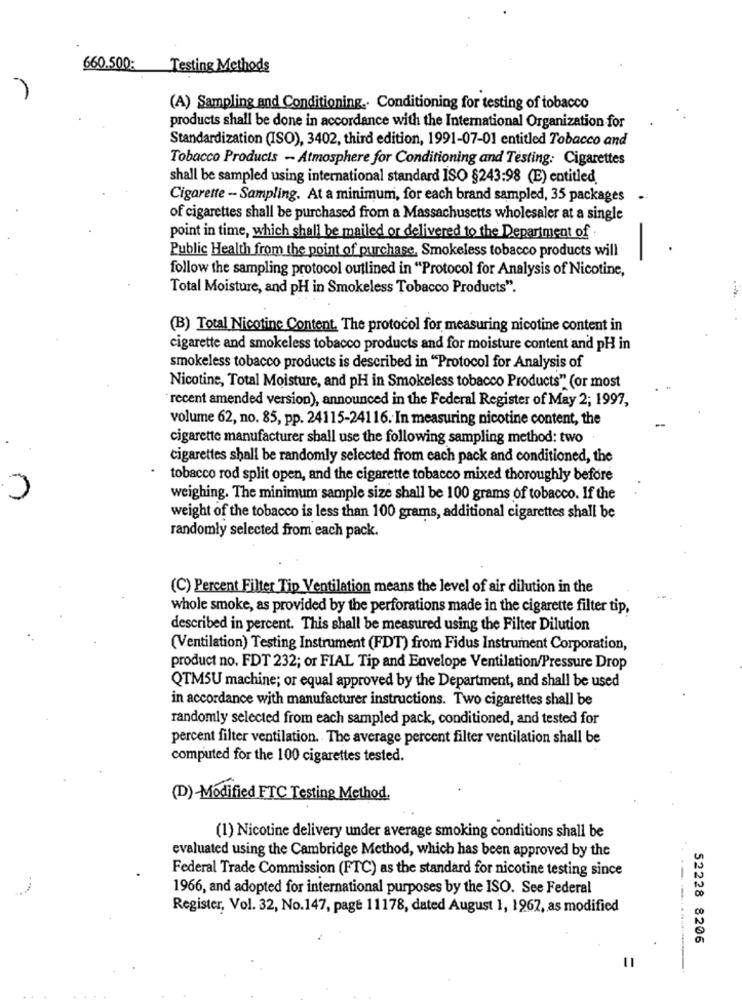
660.500:
Testing Methods
(A) Sampling and Conditioning .. Conditioning for testing of tobacco
products shall be done in accordance with the International Organization for
Standardization (ISO), 3402, third edition, 1991-07-01 entitled Tobacco and
Tobacco Products - Atmosphere for Conditioning and Testing: Cigarettes
shall be sampled using international standard ISO §243:98 (E) entitled.
Cigarette - Sampling. At a minimum, for each brand sampled, 35 packages
.
of cigarettes shall be purchased from a Massachusetts wholesaler at a single
point in time, which shall be mailed or delivered to the Department of
Public Health from the point of purchase. Smokeless tobacco products will
follow the sampling protocol outlined in "Protocol for Analysis of Nicotine,
Total Moisture, and pH in Smokeless Tobacco Products".
(B) Total Nicotine Content. The protocol for measuring nicotine content in
cigarette and smokeless tobacco products and for moisture content and pH in
smokeless tobacco products is described in "Protocol for Analysis of
Nicotine, Total Moisture, and pH in Smokeless tobacco Products" (or most
recent amended version), announced in the Federal Register of May 2; 1997,
volume 62, no. 85, pp. 24115-24116. In measuring nicotine content, the
cigarette manufacturer shall use the following sampling method: two
cigarettes shall be randomly selected from each pack and conditioned, the
tobacco rod split open, and the cigarette tobacco mixed thoroughly before
weighing. The minimum sample size shall be 100 grams of tobacco. If the
weight of the tobacco is less than 100 grams, additional cigarettes shall be
randomly selected from each pack.
(C) Percent Filter Tip Ventilation means the level of air dilution in the
whole smoke, as provided by the perforations made in the cigarette filter tip,
described in percent. This shall be measured using the Filter Dilution
(Ventilation) Testing Instrument (FDT) from Fidus Instrument Corporation,
product no. FDT 232; or FIAL Tip and Envelope Ventilation/Pressure Drop
QTMSU machine; or equal approved by the Department, and shall be used
in accordance with manufacturer instructions. Two cigarettes shall be
randomly selected from each sampled pack, conditioned, and tested for
percent filter ventilation. The average percent filter ventilation shall be
computed for the 100 cigarettes tested.
(D)-Modified FTC Testing Method.
(1) Nicotine delivery under average smoking conditions shall be
evaluated using the Cambridge Method, which has been approved by the
Federal Trade Commission (FTC) as the standard for nicotine testing since
1966, and adopted for international purposes by the ISO. See Federal
Register, Vol. 32, No.147, page 11178, dated August 1, 1267, as modified
------.
52228 8206